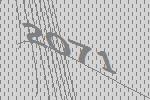
2071